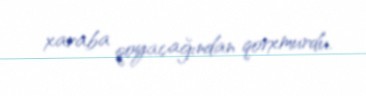
xaraba qoyacağından qorxmurdu.